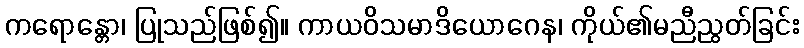
ကရောန္တော၊ ပြုသည်ဖြစ်၍။ ကာယဝိသမာဒိယောဂေန၊ ကိုယ်၏မညီညွတ်ခြင်း